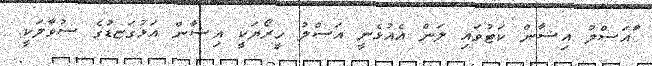
ާައަސްލު އިޝާން ކަޓުވައި ލަން އެއުޅެނީ އަސްލު ހީރޯޔަކީ އިޝާން އަޅުގަޏޑުގެ ސުވާލަކީ.